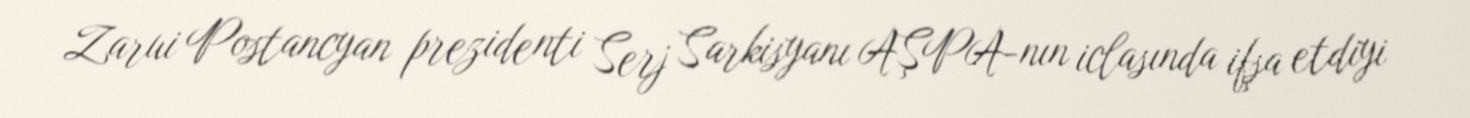
Zarui Postancyan prezidenti Serj Sarkisyanı AŞPA-nın iclasında ifşa etdiyi